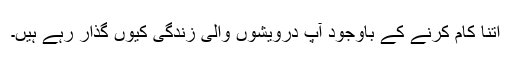
اتنا کام کرنے کے باوجود آپ درویشوں والی زندگی کیوں گذار رہے ہیں۔